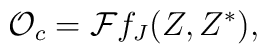
{\cal O}_c={\cal F}f_J(Z,Z^\ast),